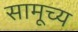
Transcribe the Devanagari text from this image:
सामूच्य